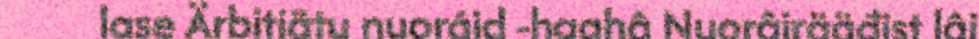
lase Ärbitiätu nuoráid -haahâ Nuorâirääđist lâi